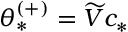
\theta _ { * } ^ { ( + ) } = \widetilde { V } c _ { * }